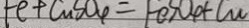
F e + C u S O _ { 4 } = F e S O _ { 4 } + C u